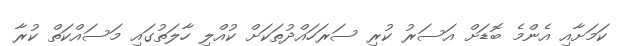
ކަމަށާއި އެންމެ ބޮޑަށް އަސަރު ކުރި ސަރަހައްދުތަކަށް ކުއްލި ހާލަތުގައި މަސައްކަތް ކުރާ